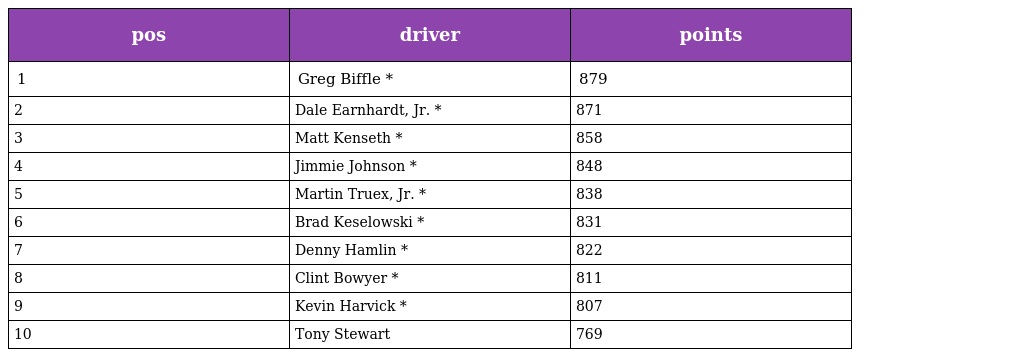
| pos | driver | points |
 | --- | --- | --- |
 | 1 | Greg Biffle * | 879 |
 | 2 | Dale Earnhardt, Jr. * | 871 |
 | 3 | Matt Kenseth * | 858 |
 | 4 | Jimmie Johnson * | 848 |
 | 5 | Martin Truex, Jr. * | 838 |
 | 6 | Brad Keselowski * | 831 |
 | 7 | Denny Hamlin * | 822 |
 | 8 | Clint Bowyer * | 811 |
 | 9 | Kevin Harvick * | 807 |
 | 10 | Tony Stewart | 769 |